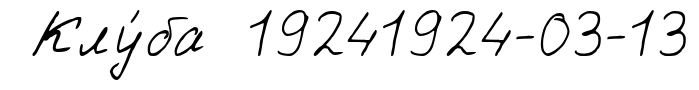
Клу́ба 19241924-03-13